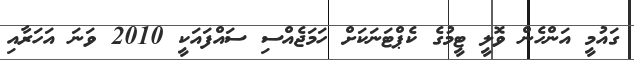
ގައުމީ އަންހެން ވޮލީ ޓީމުގެ ކެޕްޓަނަކަށް ހަމަޖެއްސި ސައްފައަކީ 2010 ވަނަ އަހަރާއި